Vaccination United Provinces of Agra and Oudh 1914-1922 - 1914-1922
Year: 1914
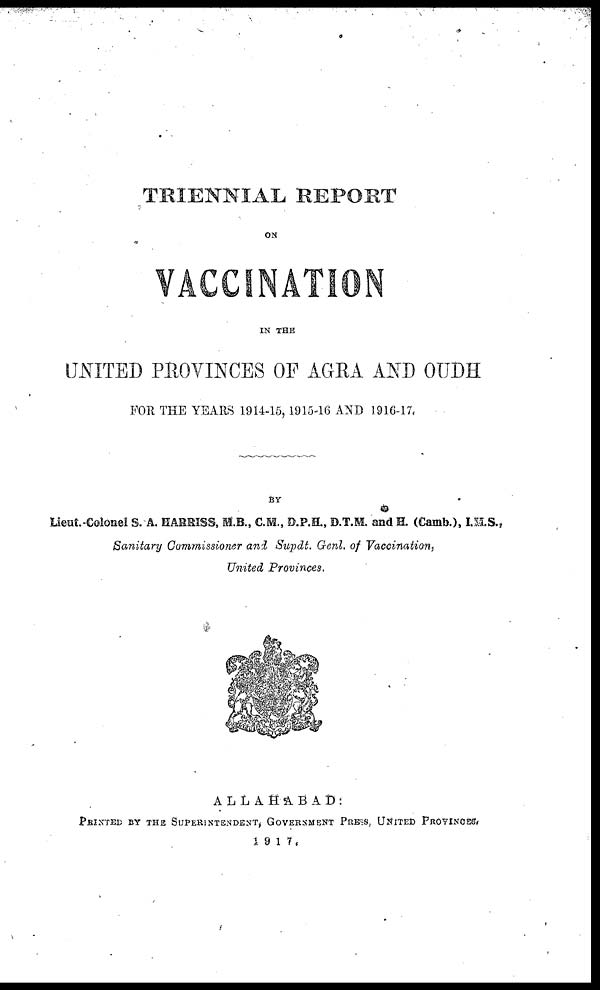
TRIENNIAL REPORT
ON
VACCINATION
IN THE
UNITED PROVINCES OF AGRA AND OUDH
FOR THE YEARS 1914-15,1915-16 AND 1916-17,
BY
Lieut.-Colonel S. A. HARRISS, M.B., C.M., D.P.H., D.T.M. and H. (Camb.), I.M.S.,
Sanitary Commissioner and Supdt. Genl. of Vaccination,
United Provinces.
ALLAHABAD:
PRINTED BY THE SUPERINTENDENT, GOVERNMENT PRESS, UNITED PROVINCES.
1917